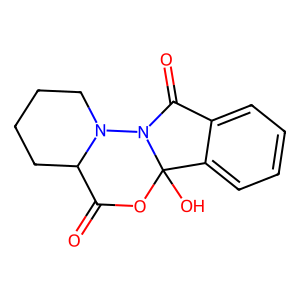
SMILES: O=C1OC2(O)c3ccccc3C(=O)N2N2CCCCC12
Inhibits HIV replication: No